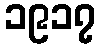
၁၉၁၇